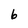
Character: 6